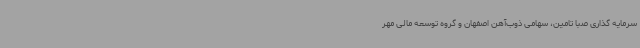
سرمایه‌ گذاری صبا تامین، سهامی ذوب‌آهن اصفهان و گروه توسعه مالی مهر